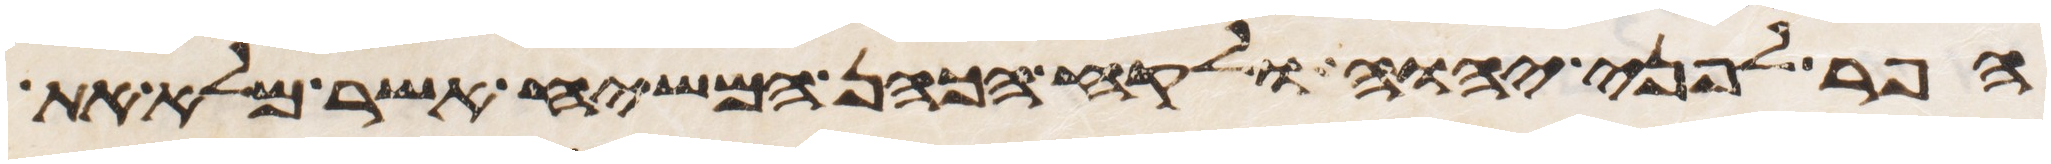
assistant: הפר לפני יהוה ולקח הכהן המשיח אשר מלא את